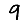
Digit: 9